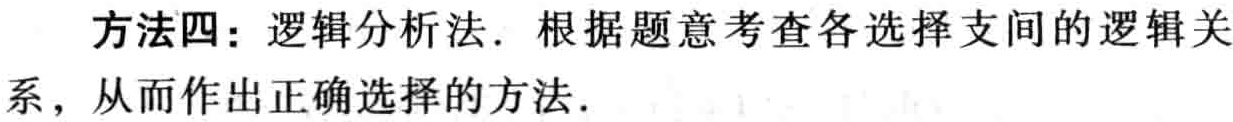
方法四：逻辑分析法. 根据题意考查各选择支间的逻辑关系，从而作出正确选择的方法.